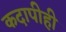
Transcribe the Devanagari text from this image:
कदापीही